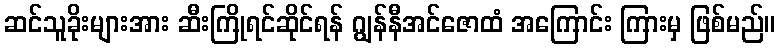
ဆင်သူခိုးများအား ဆီးကြိုရင်ဆိုင်ရန် ဂျွန်နီအင်ဇောထံ အကြောင်း ကြားမှ ဖြစ်မည်။